Civil Veterinary Department Bihar & Orissa reports 1929-36 - 1929-1936
Year: 1929
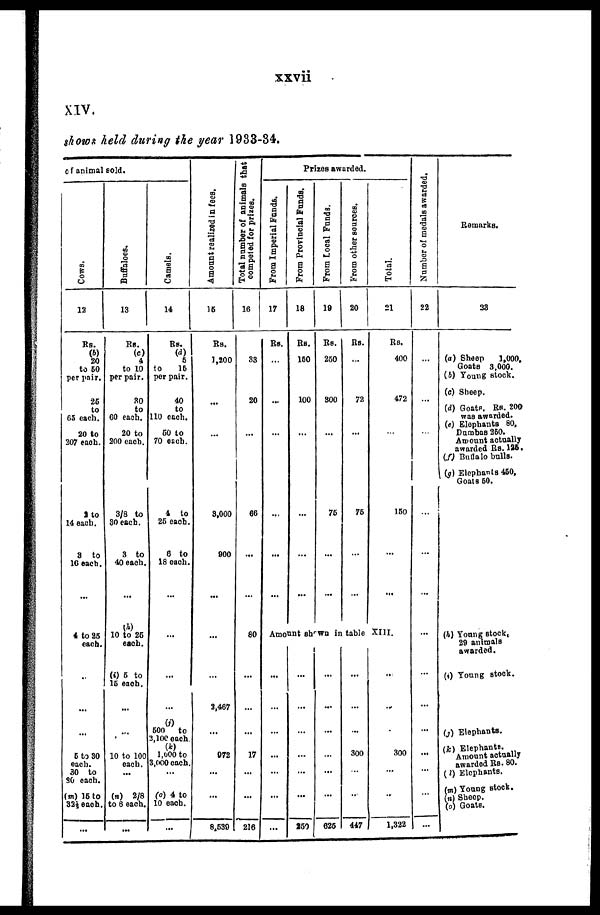
xxvii
XIV.
shows held during the year 1933-84.
of animal sold.
Cows.
12
Rs.
(b)
20
to 60
per pair.
26
to
63 each.
20 to
207 each.
2 to
14 each.
3 to
16 each.
...
4 to 25
each.
...
...
...
5 to 30
each.
30 to
30 each.
(m) 15 to
32½ each.
...
Buffaloes.
13
Rs.
(c)
4
to 10
per pair.
30
to
60 each.
20 to
200 each.
3/8 to
30 each.
3 to
40 each.
...
10 to 26
each.
(i) 6 to
15 each.
...
...
10 to 100
each.
...
(n) 2/8
to 6 each.
...
Camels.
14
Be.
(d)
5
to
16
per pair.
40
to
110 each.
60 to
70 each.
4 to
25 each.
6 to
18 each.
...
...
...
...
(j)
600
to
2,100 each
1,000 to
3,000 each.
...
(o) 4 to
10 each.
...
Amo u n t r e a l i z e d in fees.
15
Rs.
1,200
...
...
3,000
900
...
...
...
2,467
...
072
...
...
8.630
Total number of animals that
competed for prizes.
16
S3
20
...
66
...
...
80
...
...
...
17
...
...
216
Prizes awarded.
From Imperial Funds.
17
Rs.
...
...
...
...
...
...
From Provincial Funds.
18
Rs.
160
100
...
...
...
...
From Local Funds.
10
Rs.
260
300
...
76
...
...
From other sources.
20
Rs.
...
72
...
76
...
...
Total.
21
Rs.
400
472
...
160
...
...
Amount shown in table XIII.
...
...
...
...
...
...
...
...
...
...
...
...
...
250
...
...
...
...
...
...
626
...
...
...
300
...
...
447
...
..
...
300
...
..
1,322
Number of medals awarded.
22
...
...
...
...
...
...
...
...
...
...
...
...
...
...
Remarks.
33
(a) Sheep
1,000,
Goats 3,000.
(b) Young stock.
(c) Sheep.
(d) Goats. Rs. 200
was awarded.
(e) Elephants 80.
Dumbos 260.
Amount actually
awarded Rs. 126.
(f) Buffalo bulls.
(g) Elephants 460,
Goats 50.
...
(h) Young stock,
29 animals
awarded.
(i) Young stock.
(j) Elephants.
(k) Elephants.
Amount actually
awarded Rs. 80.
(l) Elephants.
(m) Young stock.
(n) Sheep.
(o) Goats.